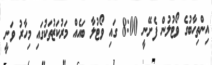
އިންތިހާބުގެ ވޯޓުލުން ފެށޭނީ 8:00 ގައި ވޯޓުލާ ބައެއް މަރުކަޒުތަކުގައި މިހާރު ވަނީ